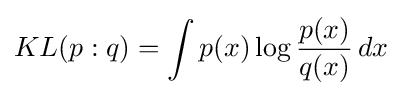
KL(p:q)=\int p(x)\log {\frac {p(x)}{q(x)}}\,dx